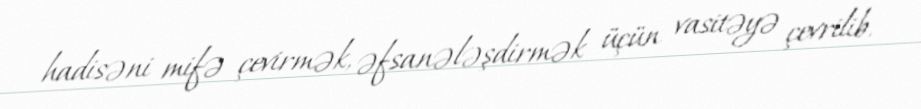
hadisəni mifə çevirmək, əfsanələşdirmək üçün vasitəyə çevrilib.